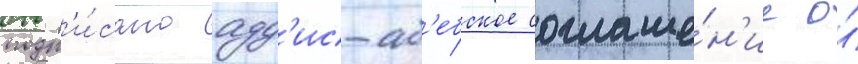
подп'и́сано адд'ис-аб'ебское соглаше́н'ие о́